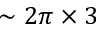
\sim 2 \pi \times 3